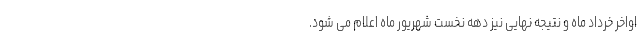
اواخر خرداد ماه و نتیجه نهایی نیز دهه نخست شهریور ماه اعلام می شود.